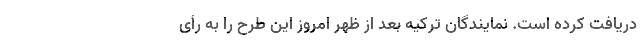
دریافت کرده است. نمایندگان ترکیه بعد از ظهر امروز این طرح را به رأی